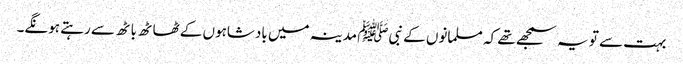
بہت سے تو یہ سمجھے تھے کہ مسلمانوں کے نبیﷺ مدینہ میں بادشاہوں کے ٹھاٹھ باٹھ سے رہتے ہونگے۔